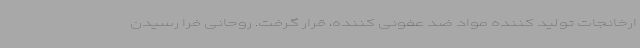
ارخانجات تولید کننده مواد ضد عفونی کننده، قرار گرفت. روحانی فرا رسیدن